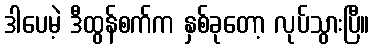
ဒါပေမဲ့ ဒီထွန်စက်က နှစ်ခုတော့ လုပ်သွားပြီ။